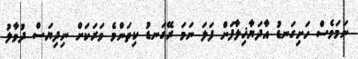
ނަމަވެސް ހަށިގަނޑު އާދަޔާޚިލާފަށް ފަލަ ނަމަ ރޭގަނޑު ކިތަންމެ ވަރަކަށް ނިދިޔަސް ދުވާލު